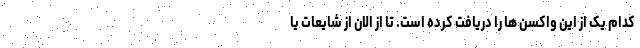
کدام یک از این واکسن ها را دریافت کرده است. تا از الان از شایعات یا